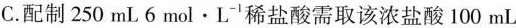
C.配制250mL6mol\cdotL^{-1}稀盐酸需取该浓盐酸100mL